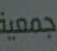
جمعية